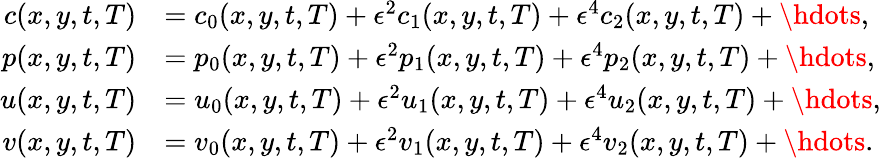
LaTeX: \begin{array}{rl}{c(x,y,t,T)}&{=c_{0}(x,y,t,T)+\epsilon^{2}c_{1}(x,y,t,T)+\epsilon^{4}c_{2}(x,y,t,T)+\hdots,}\\ {p(x,y,t,T)}&{=p_{0}(x,y,t,T)+\epsilon^{2}p_{1}(x,y,t,T)+\epsilon^{4}p_{2}(x,y,t,T)+\hdots,}\\ {u(x,y,t,T)}&{=u_{0}(x,y,t,T)+\epsilon^{2}u_{1}(x,y,t,T)+\epsilon^{4}u_{2}(x,y,t,T)+\hdots,}\\ {v(x,y,t,T)}&{=v_{0}(x,y,t,T)+\epsilon^{2}v_{1}(x,y,t,T)+\epsilon^{4}v_{2}(x,y,t,T)+\hdots.}\end{array}